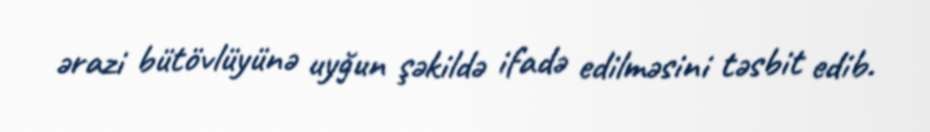
ərazi bütövlüyünə uyğun şəkildə ifadə edilməsini təsbit edib.